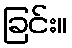
ခြင်း။